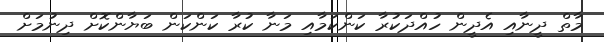
މާތް ދީނާއި އެދީން ހުއްދަކުރާ ކަންކަމާއި މަނާ ކުރާ ކަންކަން ބަޔާންކޮށް ދިނުމަށް